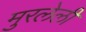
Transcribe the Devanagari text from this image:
मुरलेली